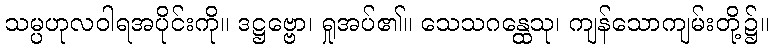
သမ္ပဟုလဝါရအပိုင်းကို။ ဒဋ္ဌဗ္ဗော၊ ရှုအပ်၏။ သေသဂန္ထေသု၊ ကျန်သောကျမ်းတို့၌။